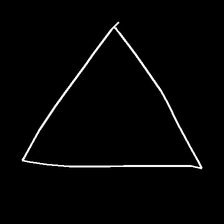
Glyph: convergence